Lunatic asylums Punjab 1881-1894 - 1881-1894
Year: 1881
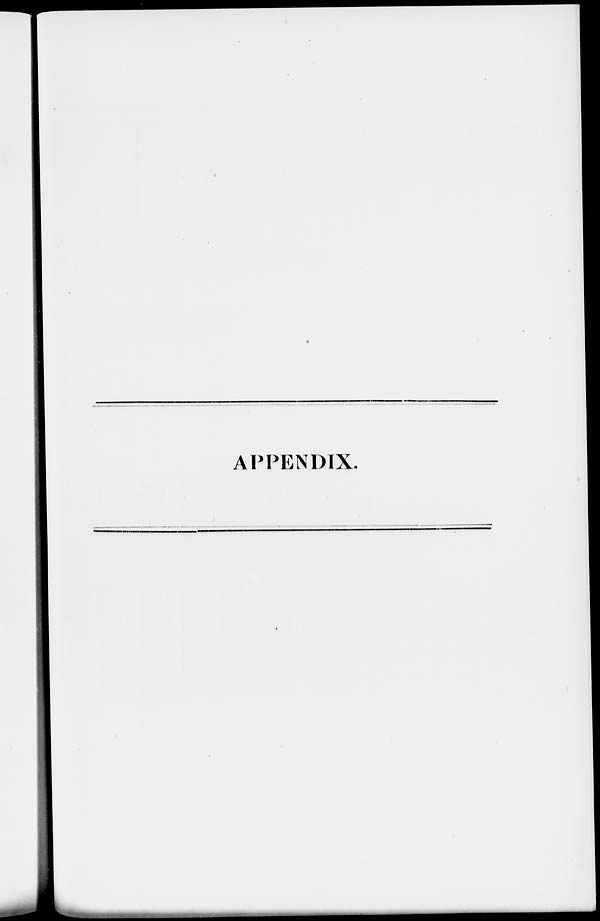
APPENDIX.